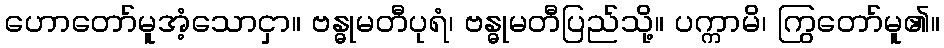
ဟောတော်မူအံ့သောငှာ။ ဗန္ဓုမတီပုရံ၊ ဗန္ဓုမတီပြည်သို့။ ပက္ကာမိ၊ ကြွတော်မူ၏။